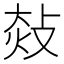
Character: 𢽀